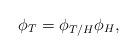
LaTeX: \begin{align*}\phi_T = \phi_{T/H}\phi_H, \end{align*}